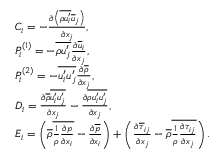
\begin{array} { r l } & { C _ { i } = - \frac { \partial \left( \overline { { \rho u _ { i } ^ { \prime } } } \overline { { u } } _ { j } \right) } { \partial x _ { j } } , } \\ & { P _ { i } ^ { ( 1 ) } = - \overline { { \rho u _ { j } ^ { \prime } } } \frac { \partial \overline { { u } } _ { i } } { \partial x _ { j } } , } \\ & { P _ { i } ^ { ( 2 ) } = - \overline { { u _ { i } ^ { \prime } u _ { j } ^ { \prime } } } \frac { \partial \overline { { \rho } } } { \partial x _ { j } } , } \\ & { D _ { i } = \frac { \partial \overline { { \rho } } \overline { { u _ { i } ^ { \prime } u _ { j } ^ { \prime } } } } { \partial x _ { j } } - \frac { \partial \overline { { \rho u _ { i } ^ { \prime } u _ { j } ^ { \prime } } } } { \partial x _ { j } } , } \\ & { E _ { i } = \left( \overline { { \rho } } \overline { { \frac { 1 } { \rho } \frac { \partial p } { \partial x _ { i } } } } - \frac { \partial \overline { { p } } } { \partial x _ { i } } \right) + \left( \frac { \partial \overline { { \tau } } _ { i j } } { \partial x _ { j } } - \overline { { \rho } } \overline { { \frac { 1 } { \rho } \frac { \partial \tau _ { i j } } { \partial x _ { j } } } } \right) . } \end{array}